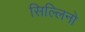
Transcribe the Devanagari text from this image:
सिल्लिनो